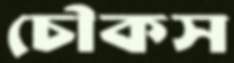
চৌকস